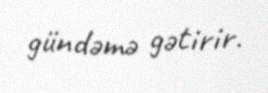
gündəmə gətirir.